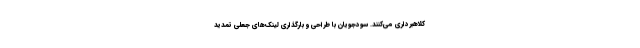
کلاهبرداری می‌کنند. سودجویان با طراحی و بارگذاری لینک‌های جعلی تمدید